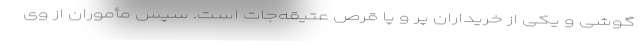
گوشی و یکی از خریداران پر و پا قرص عتیقه‌جات است. سپس مأموران از وی